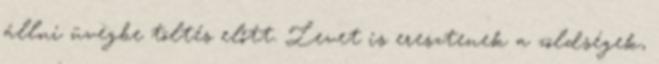
állni üvegbe töltés előtt. Levet is eresztenek a zöldségek,